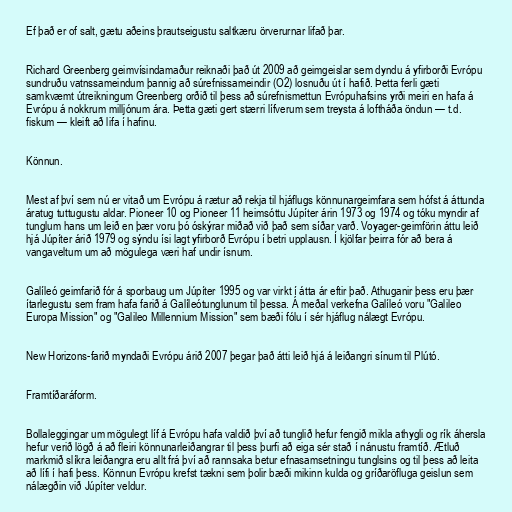
Ef það er of salt, gætu aðeins þrautseigustu saltkæru örverurnar lifað þar.

Richard Greenberg geimvísindamaður reiknaði það út 2009 að geimgeislar sem dyndu á yfirborði Evrópu
sundruðu vatnssameindum þannig að súrefnissameindir (O2) losnuðu út í hafið. Þetta ferli gæti
samkvæmt útreikningum Greenberg orðið til þess að súrefnismettun Evrópuhafsins yrði meiri en hafa á
Evrópu á nokkrum milljónum ára. Þetta gæti gert stærri lífverum sem treysta á loftháða öndun — t.d.
fiskum — kleift að lifa í hafinu.

Könnun.

Mest af því sem nú er vitað um Evrópu á rætur að rekja til hjáflugs könnunargeimfara sem hófst á áttunda
áratug tuttugustu aldar. Pioneer 10 og Pioneer 11 heimsóttu Júpíter árin 1973 og 1974 og tóku myndir af
tunglum hans um leið en þær voru þó óskýrar miðað við það sem síðar varð. Voyager-geimförin áttu leið
hjá Júpíter árið 1979 og sýndu ísi lagt yfirborð Evrópu í betri upplausn. Í kjölfar þeirra fór að bera á
vangaveltum um að mögulega væri haf undir ísnum.

Galíleó geimfarið fór á sporbaug um Júpíter 1995 og var virkt í átta ár eftir það. Athuganir þess eru þær
ítarlegustu sem fram hafa farið á Galíleótunglunum til þessa. Á meðal verkefna Galíleó voru "Galileo
Europa Mission" og "Galileo Millennium Mission" sem bæði fólu í sér hjáflug nálægt Evrópu.

New Horizons-farið myndaði Evrópu árið 2007 þegar það átti leið hjá á leiðangri sínum til Plútó.

Framtíðaráform.

Bollaleggingar um mögulegt líf á Evrópu hafa valdið því að tunglið hefur fengið mikla athygli og rík áhersla
hefur verið lögð á að fleiri könnunarleiðangrar til þess þurfi að eiga sér stað í nánustu framtíð. Ætluð
markmið slíkra leiðangra eru allt frá því að rannsaka betur efnasamsetningu tunglsins og til þess að leita
að lífi í hafi þess. Könnun Evrópu krefst tækni sem þolir bæði mikinn kulda og gríðaröfluga geislun sem
nálægðin við Júpíter veldur.